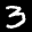
Label: 3